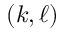
( k , \ell )